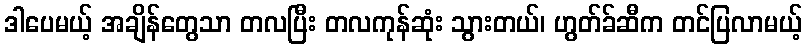
ဒါပေမယ့် အချိန်တွေသာ တလပြီး တလကုန်ဆုံး သွားတယ်၊ ဟွတ်ခ်ဆီက တင်ပြလာမယ့်